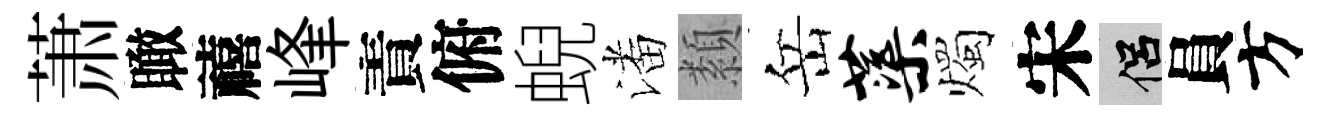
萧瞰禧峰責俯蜺潘纇岳蕖燭宋侣員方